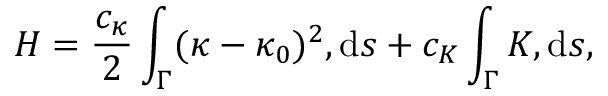
H = \frac { c _ { \kappa } } { 2 } \int _ { \Gamma } ( \kappa - \kappa _ { 0 } ) ^ { 2 } , \mathrm { d } s + c _ { K } \int _ { \Gamma } K , \mathrm { d } s ,